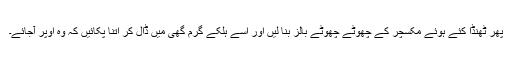
پھر ٹھنڈا کئے ہوئے مکسچر کے چھوٹے چھوٹے بالز بنا لیں اور اسے ہلکے گرم گھی میں ڈال کر اتنا پکائیں کہ وہ اوپر آجائے۔